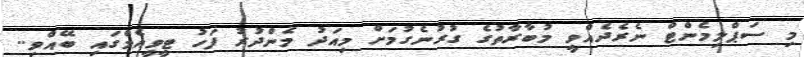
މި ސަޕްލިމެންޓް ނެރެދެއްވީ މުބާރާތުގެ ގުރުނެގުމަށް މިއަދު މެންދުރު ފަހު ޓީވީއެމްގައި ބޭއްވި..